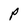
Character: P